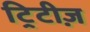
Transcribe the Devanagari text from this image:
ट्रिटीज़